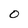
Character: O